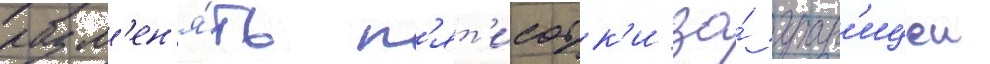
разм'ен'я́ть п'ят'исотк'и за́ гран'ицеи